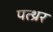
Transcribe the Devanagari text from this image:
पत्थ्रर